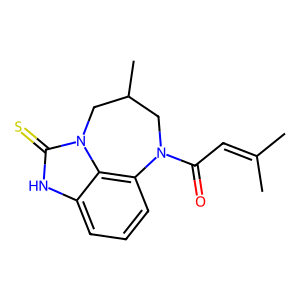
SMILES: CC(C)=CC(=O)N1CC(C)Cn2c(=S)[nH]c3cccc1c32
Inhibits HIV replication: No